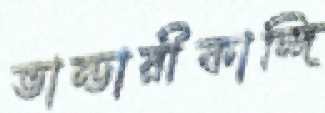
ভান্ডারীকান্দি